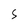
Character: S